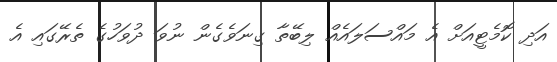
އަދި ކޮމެޓީއަށް އެ މައްސަލައެއް ލިބޭތާ ގިނަވެގެން ނުވަ ދުވަހުގެ ތެރޭގައި އެ